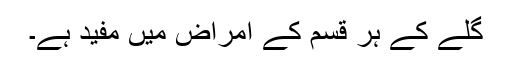
گلے کے ہر قسم کے امراض میں مفید ہے۔